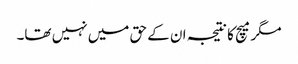
مگر میچ کا نتیجہ ان کے حق میں نہیں تھا۔